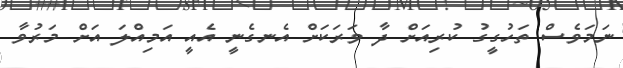
ނަމަވެސް ތަހުގީގު ކުރިއަށް ދާ ވަރަކަށް އެނގެނީ އެއީ އަމިއްލަ އަށް މަރުވާ